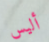
أليس